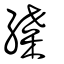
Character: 緤